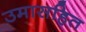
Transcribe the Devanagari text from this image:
उमासहित